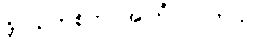
ဒိုင်ယက်စ်က အကြံပြုပါတယ်။